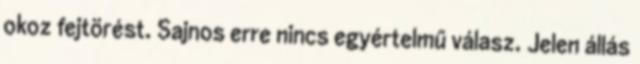
okoz fejtörést. Sajnos erre nincs egyértelmű válasz. Jelen állás